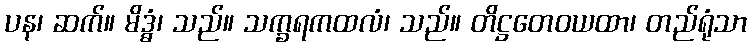
ပန၊ ဆက်။ မိဒ္ဓံ၊ သည်။ သက္ခရကထလံ၊ သည်။ တိဋ္ဌတေဝယထာ၊ တည်ရုံသာ